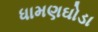
ધામણઘોડા